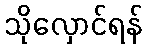
သိုလှောင်ရန်